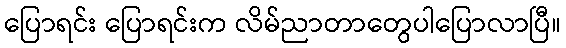
ပြောရင်း ပြောရင်းက လိမ်ညာတာတွေပါပြောလာပြီ။